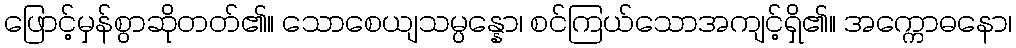
ဖြောင့်မှန်စွာဆိုတတ်၏။ သောစေယျသမ္ပန္နော၊ စင်ကြယ်သောအကျင့်ရှိ၏။ အက္ကောဓနော၊